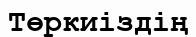
Төркиіздің